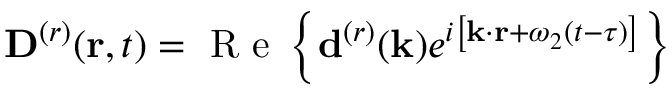
{ { \bf D } ^ { ( r ) } } ( { \bf r } , t ) = \mathrm { ~ R ~ e ~ } \left\{ { { \bf d } ^ { ( r ) } } ( { \bf k } ) e ^ { i \left[ { \bf k } \cdot { \bf r } + \omega _ { 2 } ( t - \tau ) \right] } \right\}